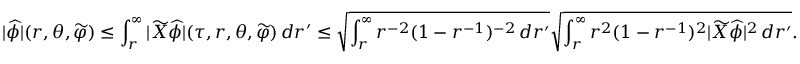
| \widehat { \phi } | ( r , \theta , \widetilde { \varphi } ) \leq \int _ { r } ^ { \infty } | \widetilde { X } \widehat { \phi } | ( \tau , r , \theta , \widetilde { \varphi } ) \, d r ^ { \prime } \leq \sqrt { \int _ { r } ^ { \infty } r ^ { - 2 } ( 1 - r ^ { - 1 } ) ^ { - 2 } \, d r ^ { \prime } } \sqrt { \int _ { r } ^ { \infty } r ^ { 2 } ( 1 - r ^ { - 1 } ) ^ { 2 } | \widetilde { X } \widehat { \phi } | ^ { 2 } \, d r ^ { \prime } } .